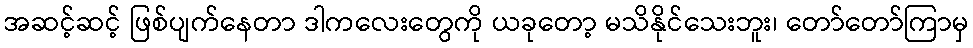
အဆင့်ဆင့် ဖြစ်ပျက်နေတာ ဒါကလေးတွေကို ယခုတော့ မသိနိုင်သေးဘူး၊ တော်တော်ကြာမှ